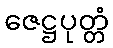
ဇေဋ္ဌပုတ္တံ